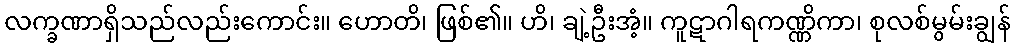
လက္ခဏာရှိသည်လည်းကောင်း။ ဟောတိ၊ ဖြစ်၏။ ဟိ၊ ချဲ့ဦးအံ့။ ကူဋာဂါရကဏ္ဏိကာ၊ စုလစ်မွမ်းချွန်